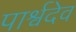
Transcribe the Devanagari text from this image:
पार्श्वदेव